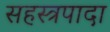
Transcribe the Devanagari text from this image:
सहस्त्रपादा